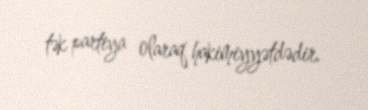
tək partiya olaraq hakimiyyətdədir.